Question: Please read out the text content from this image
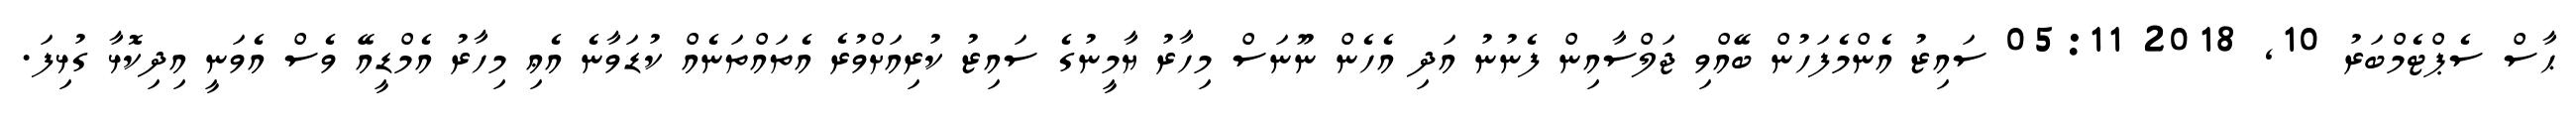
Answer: ޙާސް ސެޕްޓެމްބަރު 10, 2018 05:11 ސައިޒު އެންމެފަހުން ބޭއްވި ޖަލްސާއިން ފެނުނު އަދި އެހެން ނޫނަސް މިހާރު ޔާމީނުގެ ސައިޒު ކުރިއަށްވުރެ އެތައްތަނެއް ކުޑަވާނެ އެޢި މިހާރު އެމްޑީއޭ ވެސް އެވަނީ އިދިކޮޅާ ގުޅިފަ.